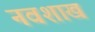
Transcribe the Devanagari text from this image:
नवशाख